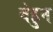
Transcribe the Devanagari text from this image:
बेहुन